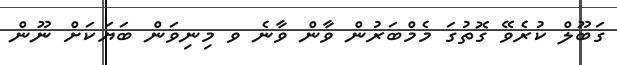
ގަބޫލް ކުރެވޭ ގޮތުގަ މެމްބަރުން ވާން ވާނެ ވ މިނިވަން ބަޔަކަށް ނޫން